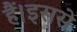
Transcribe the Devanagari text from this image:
हैं।इससे